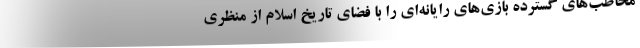
مخاطب‌های گسترده بازی‌های رایانه‌ای را با فضای تاریخ اسلام از منظری